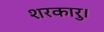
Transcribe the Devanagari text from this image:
शरकारु।